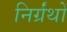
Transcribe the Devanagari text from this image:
निर्ग्रंथों